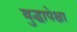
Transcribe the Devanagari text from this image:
बुद्धापेक्षा